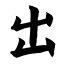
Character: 出